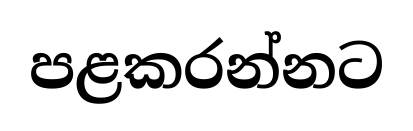
පළකරන්නට